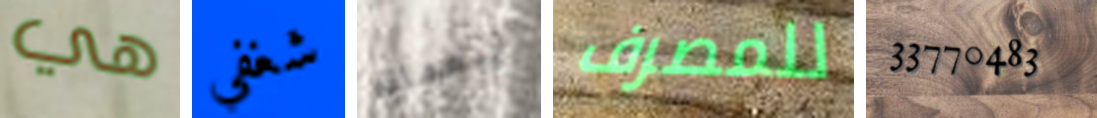
هي شغفي أربعمائة للمصرف 33770483